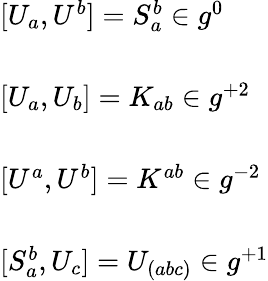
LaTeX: \begin{array}{l}{{{[}U_{a},U^{b}{]}=S_{a}^{b}\in g^{0}}}\\ {{\ }}\\ {{{[}U_{a},U_{b}{]}=K_{ab}\in g^{+2}}}\\ {{\ }}\\ {{{[}U^{a},U^{b}{]}=K^{ab}\in g^{-2}}}\\ {{\ }}\\ {{{[}S_{a}^{b},U_{c}{]}=U_{(abc)}\in g^{+1}}}\end{array}